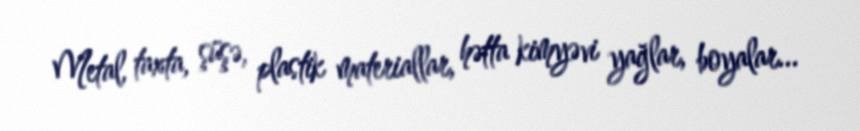
Metal, taxta, şüşə, plastik materiallar, hətta kimyəvi yağlar, boyalar...